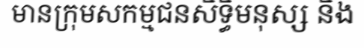
មានក្រុមសកម្មជនសិទ្ធិមនុស្ស និង